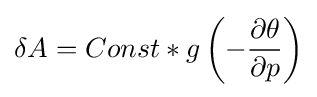
\delta A=Const*g\left(-{\frac {\partial \theta }{\partial p}}\right)